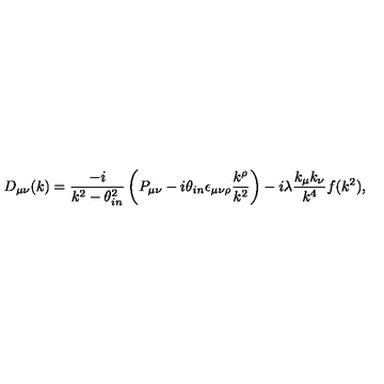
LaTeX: D _ { \mu \nu } ( k ) = \frac { - i } { k ^ { 2 } - \theta _ { i n } ^ { 2 } } \left( P _ { \mu \nu } - i \theta _ { i n } \epsilon _ { \mu \nu \rho } \frac { k ^ { \rho } } { k ^ { 2 } } \right) - i \lambda \frac { k _ { \mu } k _ { \nu } } { k ^ { 4 } } f ( k ^ { 2 } ) ,